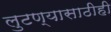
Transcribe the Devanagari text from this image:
लुटण्यासाठीही